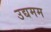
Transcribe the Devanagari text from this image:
उद्यमम